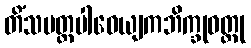
တိံသမတ္တပါဝေယျကဘိက္ခုဝတ္ထု